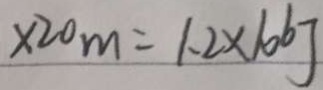
\times 2 0 m = 1 . 2 \times 1 0 6 J